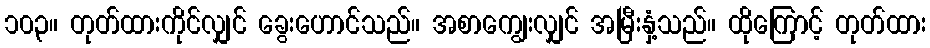
၁၀၃။ တုတ်ထားကိုင်လျှင် ခွေးဟောင်သည်။ အစာကျွေးလျှင် အမြီးနှံ့သည်။ ထိုကြောင့် တုတ်ထား